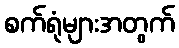
စက်ရုံများအတွက်